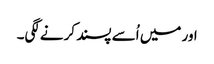
اور میں اُسے پسند کرنےلگی۔